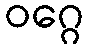
ဝဂ္ဂေ